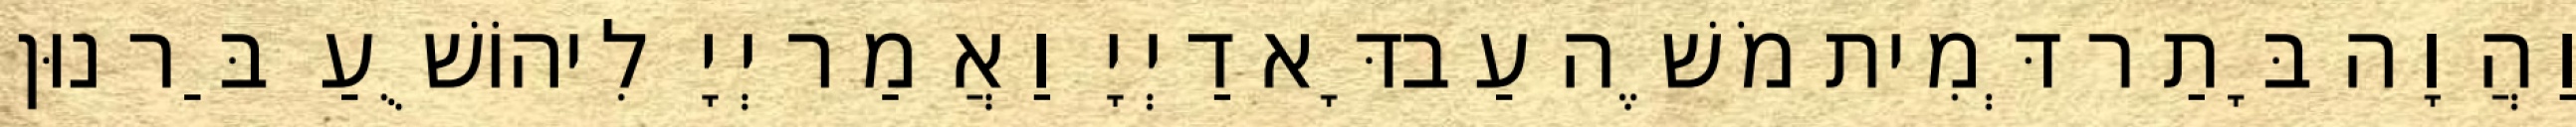
וַהֲוָה בָּתַר דְּמִית מֹשֶׁה עַבדָּא דַיְיָ וַאֲמַר יְיָ לִיהוֹשֻׁעַ בַּר נוּן